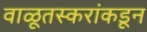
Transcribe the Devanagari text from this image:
वाळूतस्करांकडून